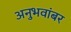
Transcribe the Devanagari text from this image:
अनुभवांबर